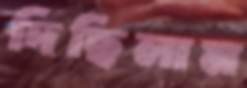
দিছিলাম